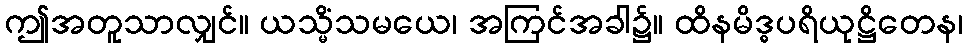
ဤအတူသာလျှင်။ ယသ္မိံသမယေ၊ အကြင်အခါ၌။ ထိနမိဒ္ဓပရိယုဋ္ဌိတေန၊